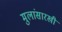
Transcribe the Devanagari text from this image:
मुलांसारखी